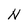
Character: N